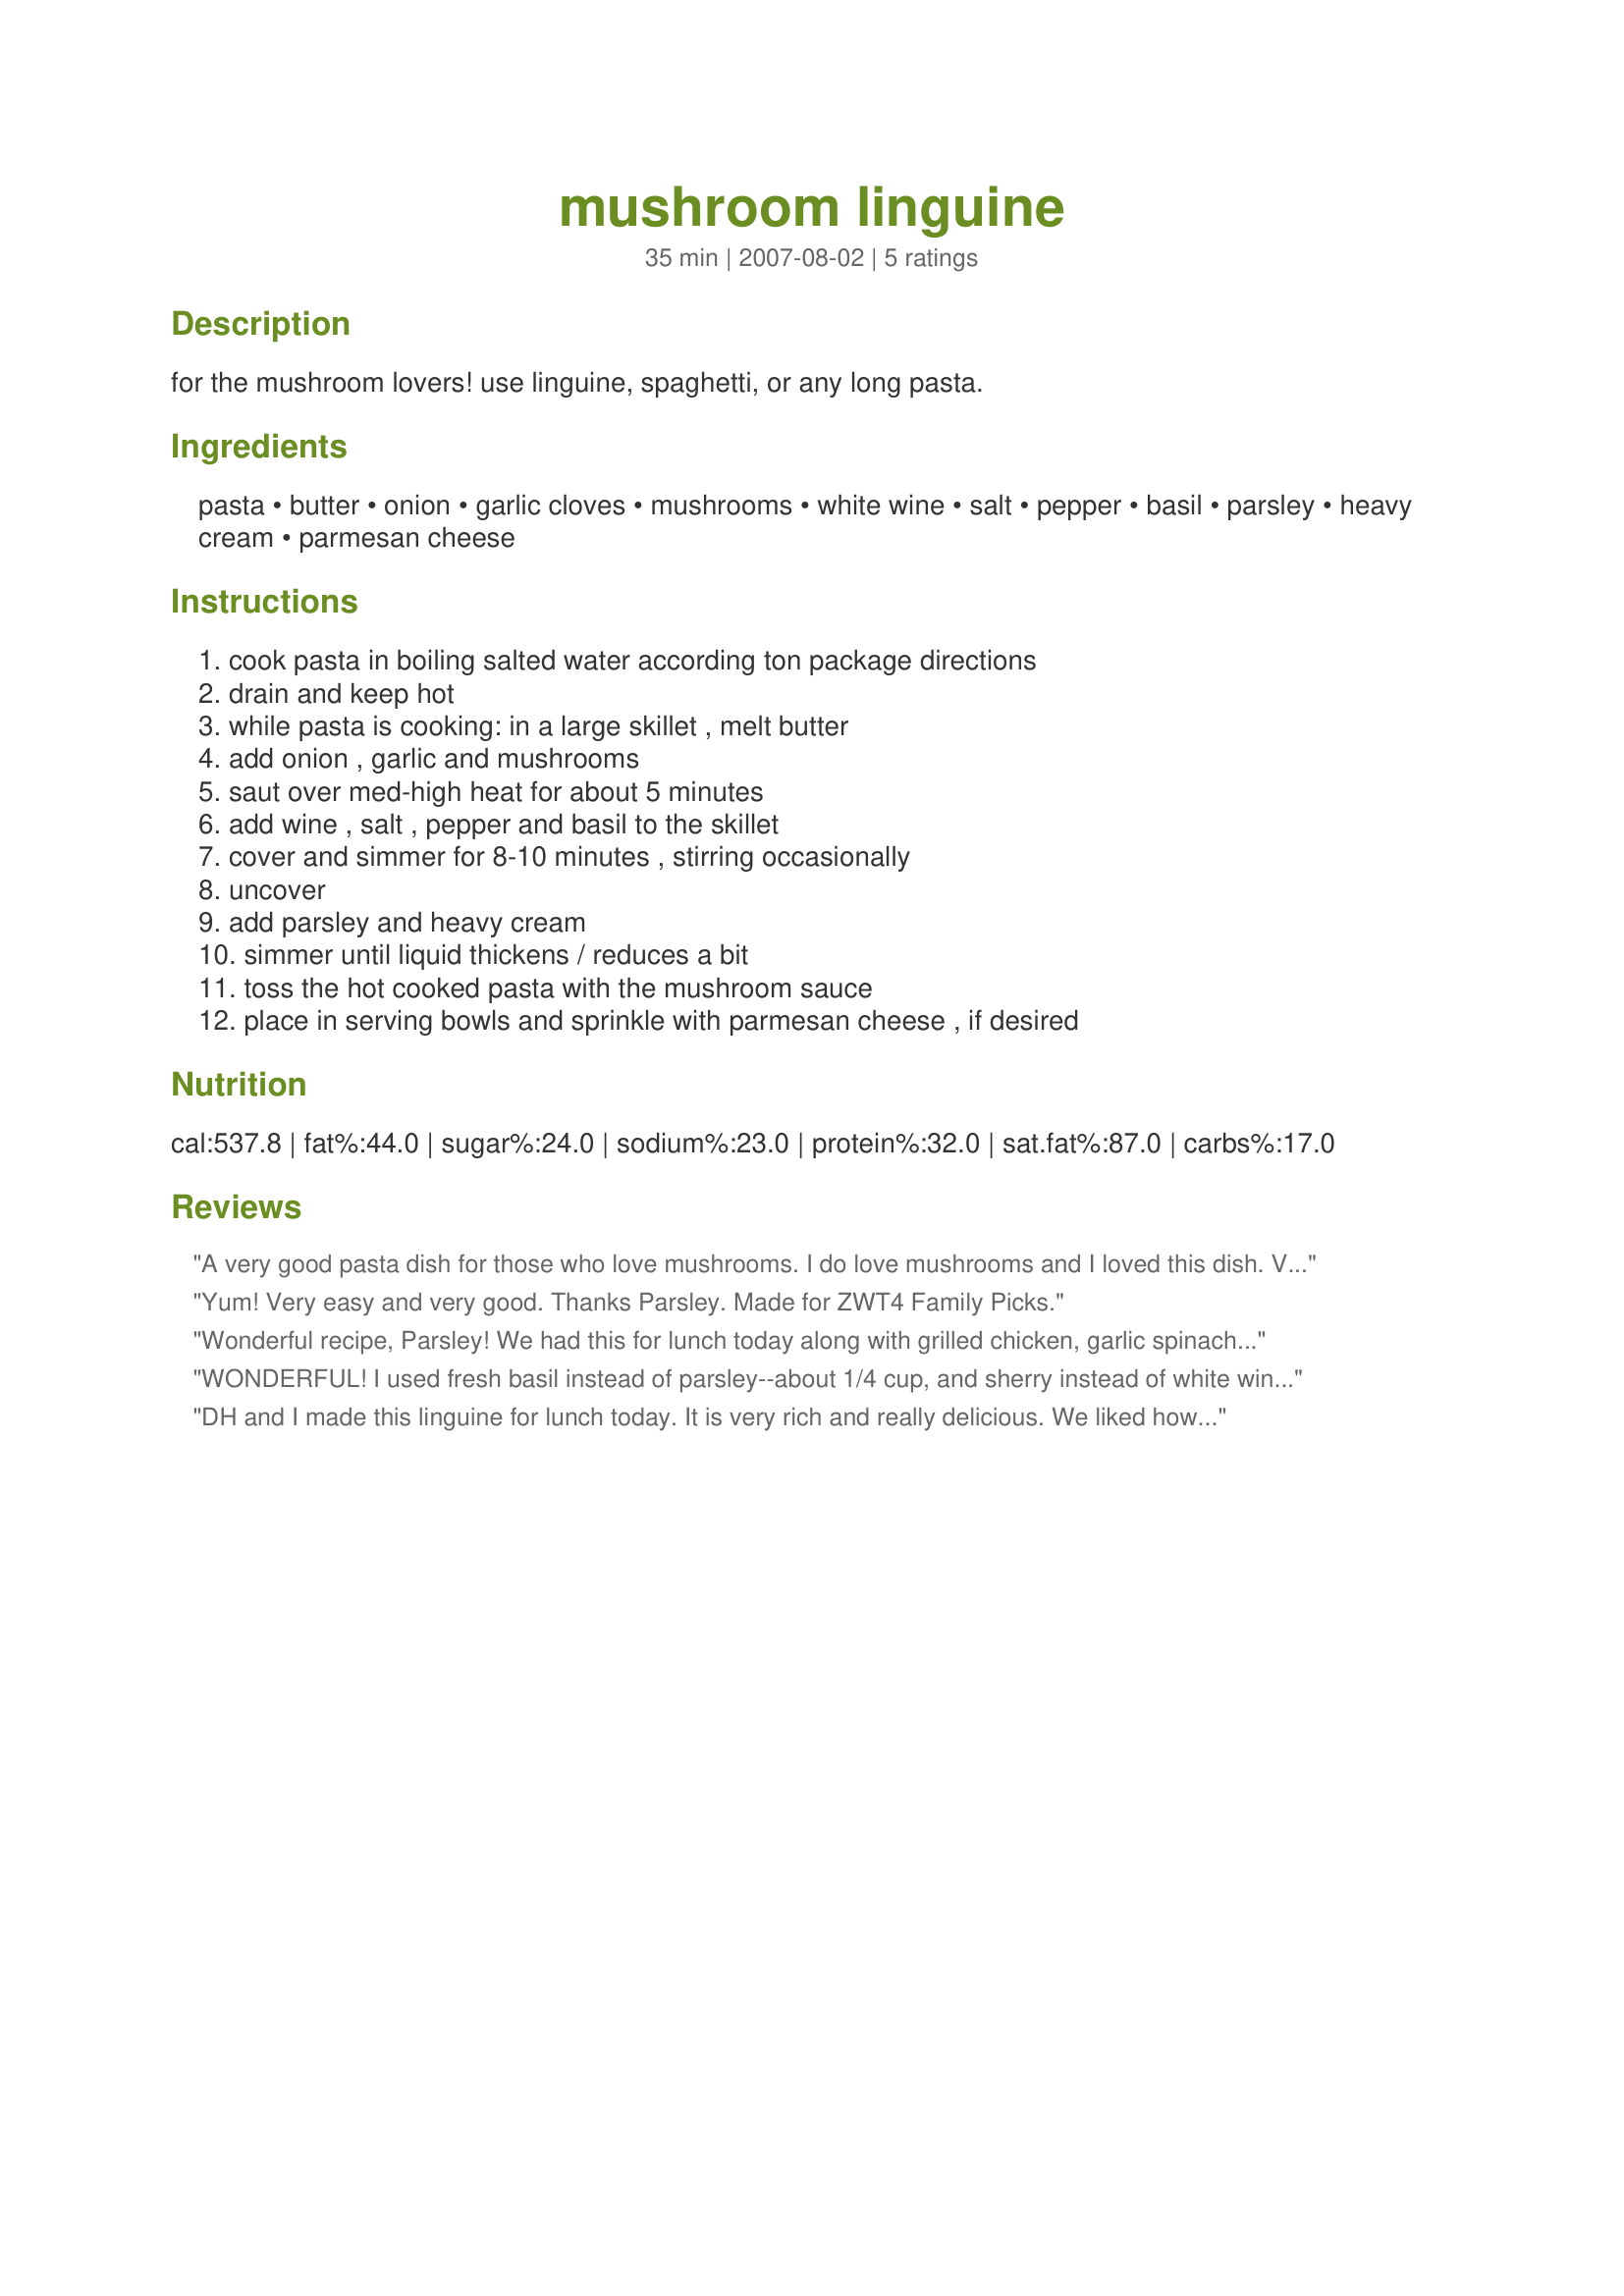
mushroom linguine
Preparation time: 35 minutes

for the mushroom lovers! use linguine, spaghetti, or any long pasta.

Ingredients:
pasta, butter, onion, garlic cloves, mushrooms, white wine, salt, pepper, basil, parsley, heavy cream, parmesan cheese

Steps:
cook pasta in boiling salted water according ton package directions, drain and keep hot, while pasta is cooking: in a large skillet , melt butter, add onion , garlic and mushrooms, saut over med-high heat for about 5 minutes, add wine , salt , pepper and basil to the skillet, cover and simmer for 8-10 minutes , stirring occasionally, uncover, add parsley and heavy cream, simmer until liquid thickens / reduces a bit, toss the hot cooked pasta with the mushroom sauce, place in serving bowls and sprinkle with parmesan cheese , if desired

Reviews:
A very good pasta dish for those who love mushrooms. I do love mushrooms and I loved this dish. Very easy to make as well. I will definitely make again. Thanks for sharing!
Yum! Very easy and very good. Thanks Parsley. Made for ZWT4 Family Picks.
Wonderful recipe, Parsley! We had this for lunch today along with grilled chicken, garlic spinach, roasted potatoes and a ww roll. Delicious. I made a few changes to suit our tastes - I used only 1 tbsp butter along with a tsp of olive oil. Used about 12 oz cremini mushrooms, a half cup of broccoli and a minced serrano pepper for heat. I used half and half instead of cream and added 8 tbsp (1/2 cup), plus a half cup of the pasta liquid. I also pureed about 1/3 cup of the mushroom mixture with some pasta liquid to add creaminess to the sauce. I didn't have any fresh basil or parsley so used dried. And finally, I used porcini flavored linguine and a good dry bordeaux . Excellent results! Next time, I will use 16oz mushrooms and puree a half cup to get more sauce. Reduce half and half to just 4 tbsp, and use fresh herbs. Thank you for posting!
WONDERFUL! I used fresh basil instead of parsley--about 1/4 cup, and sherry instead of white wine. I also subbed olive oil for half the butter. My family loved it.
DH and I made this linguine for lunch today. It is very rich and really delicious. We liked how fast and easy it was to prepare. I used about 16 oz of button and portabella shrooms, as that it what I had on hand and it seemed like it was plenty. We'll definitely have this again when we are in need of a quick to fix, tasty lunch. Thanks!
